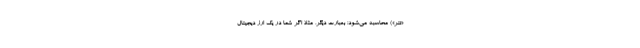
«تتر») محاسبه می‌شود؛ بعبارت دیگر، مثلاً اگر شما در یک ارز دیجیتال